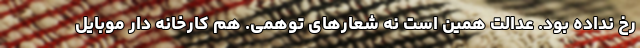
رخ نداده بود. عدالت همین است نه شعارهای توهمی. هم کارخانه دار موبایل